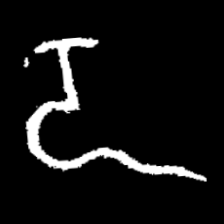
Pyu character \u2014 Myanmar letter: ဍ (romanized: dda)